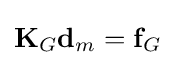
\mathbf {K} _{G}\mathbf {d} _{m}=\mathbf {f} _{G}